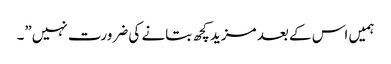
ہمیں اس کے بعد مزید کچھ بتانے کی ضرورت نہیں”۔